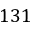
1 3 1